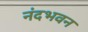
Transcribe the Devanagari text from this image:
नंदभवन